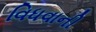
વિધવાની